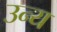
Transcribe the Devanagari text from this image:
उन्य